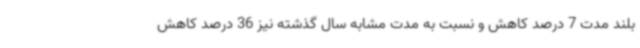
بلند مدت 7 درصد کاهش و نسبت به مدت مشابه سال گذشته نیز 36 درصد کاهش